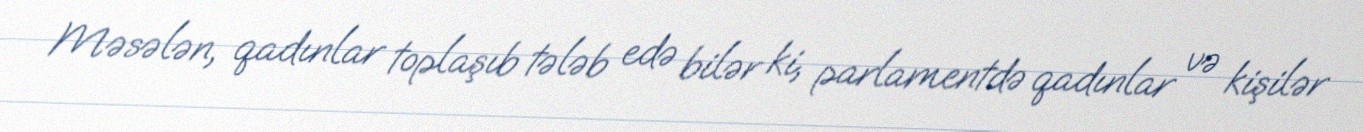
Məsələn, qadınlar toplaşıb tələb edə bilər ki, parlamentdə qadınlar və kişilər